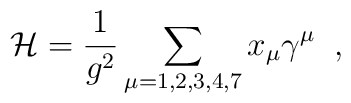
{\cal H} = \frac{1}{g^2} \sum_{\mu=1,2,3,4,7} x_{\mu}  \gamma^{\mu} \;\;,